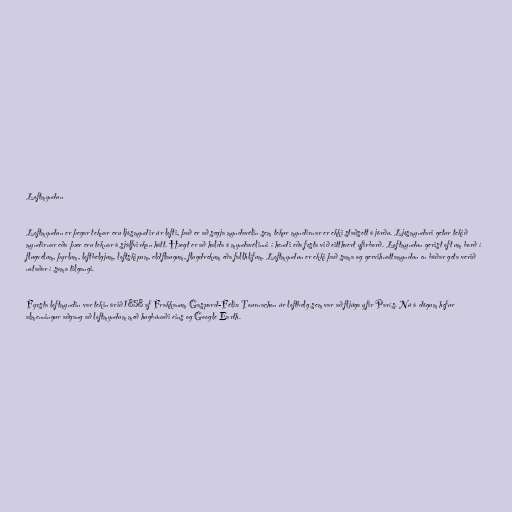
Loftmyndun

Loftmyndun er þegar teknar eru ljósmyndir úr lofti, það er að segja myndavélin sem tekur myndirnar er ekki staðsett á jörðu. Ljósmyndari getur tekið
myndirnar eða þær eru teknar á sjálfvirkan hátt. Hægt er að halda á myndavélinni í hendi eða festa við eitthvert yfirborð. Loftmyndun gerist oft um borð í
flugvélum, þyrlum, loftbelgjum, loftskipum, eldflaugum, flugdrekum eða fallhlífum. Loftmyndun er ekki það sama og gervihnattamyndun en báðar geta verið
notaðar í sama tilgangi.

Fyrsta loftmyndin var tekin árið 1858 af Frakkanum Gaspard-Félix Tournachon úr loftbelg sem var að fljúga yfir París. Nú á dögum hefur
almenningur aðgang að loftmyndum með hugbúnaði eins og Google Earth.